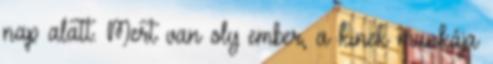
nap alatt. Mert van oly ember, a kinek munkája